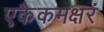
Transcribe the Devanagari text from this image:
एकैकमक्षरं